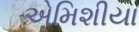
એમિશીયા